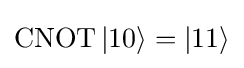
{\textstyle \operatorname {CNOT} |10\rangle =|11\rangle }